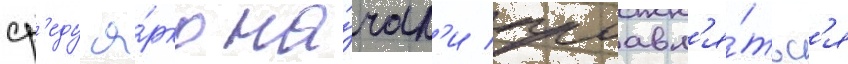
ср'еду я́рко на́чал'и проавл'я́тьс'я